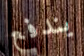
يندفع